Report on vaccination in Madras 1922-1929 - 1922-1929
Year: 1922
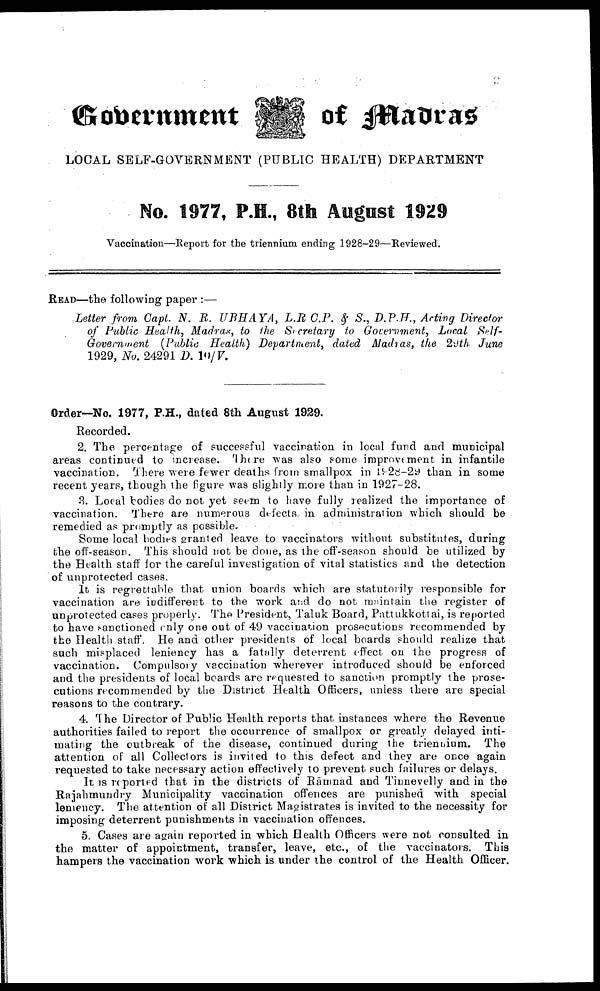
Government
of Madras
LOCAL SELF-GOVERNMENT (PUBLIC HEALTH) DEPARTMENT
No. 1977, P.H., 8th August 1929
Vaccination—Report for the triennium ending 1928-29—Reviewed.
READ—the following paper :—
Letter from Capt. N. R. UBHAYA,
L.R C.P. & S., D.P.H., Acting Director
of Public Health, Madras, to the Secretary to Government, Local Self¬
Government (Public Health,) Department, dated Madras, the 29th June
1929, No. 24291 D. 10/ V.
Order—No. 1977, P.H., dated 8th August 1929.
Recorded.
2. The percentage of successful vaccination in local fund and municipal
areas continued to increase. There was also some improvement in infantile
vaccination. There were fewer deaths from smallpox in 1928-29 than in some
recent years, though the figure was slightly more than in 1927-28.
3. Local bodies do not yet seem to have fully realized the importance of
vaccination. There are numerous defects in administration which should be
remedied as promptly as possible.
Some local bodies granted leave to vaccinators without substitutes, during
the off-season. This should not be done, as the off-season should be utilized by
the Health staff for the careful investigation of vital statistics and the detection
of unprotected cases.
It is regrettable that union boards which are statutorily responsible for
vaccination are indifferent to the work and do not maintain the register of
unprotected cases properly. The President, Taluk Board, Pattukkottai, is reported
to have sanctioned only one out of 49 vaccination prosecutions recommended by
the Health staff. He and other presidents of local boards should realize that
such misplaced leniency has a fatally deterrent effect on the progress of
vaccination. Compulsory vaccination wherever introduced should be enforced
and the presidents of local boards are requested to sanction promptly the prose
cutions recommended by the District Health Officers, unless there are special
reasons to the contrary.
4. The Director of Public Health reports that instances where the Revenue
authorities failed to report the occurrence of smallpox or greatly delayed inti
mating the outbreak of the disease, continued during the triennium. The
attention of all Collectors is invited to this defect and they are once again
requested to take necessary action effectively to prevent such failures or delays.
It is reported that in the districts of Rāmnad and Tinnevelly and in the
Rajahmundry Municipality vaccination offences are punished with special
leniency. The attention of all District Magistrates is invited to the necessity for
imposing deterrent punishments in vaccination offences.
5. Cases are again reported in which Health Officers were not consulted in
the matter of appointment, transfer, leave, etc., of the vaccinators. This
hampers the vaccination work which is under the control of the Health Officer.